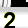
Digit: 2